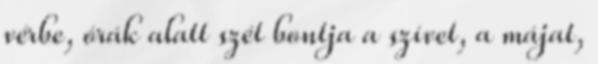
vérbe, órák alatt szét bontja a szívet, a májat,